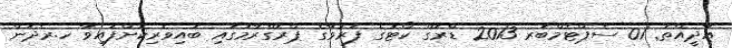
އާދީއްތަ